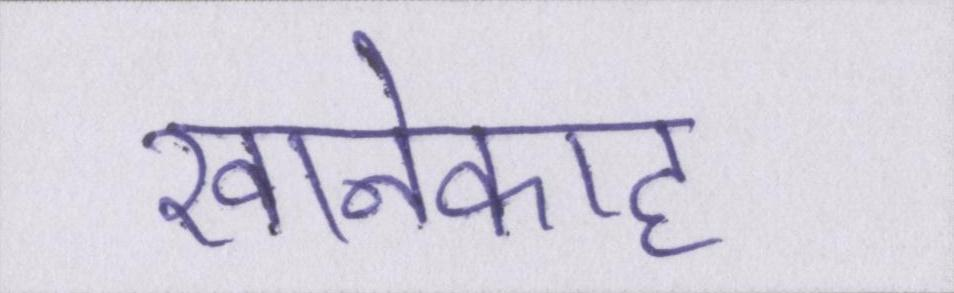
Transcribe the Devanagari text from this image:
खानेकाह